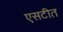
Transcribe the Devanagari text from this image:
एसटीत